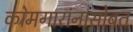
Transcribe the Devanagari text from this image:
कामगारांनासोबत